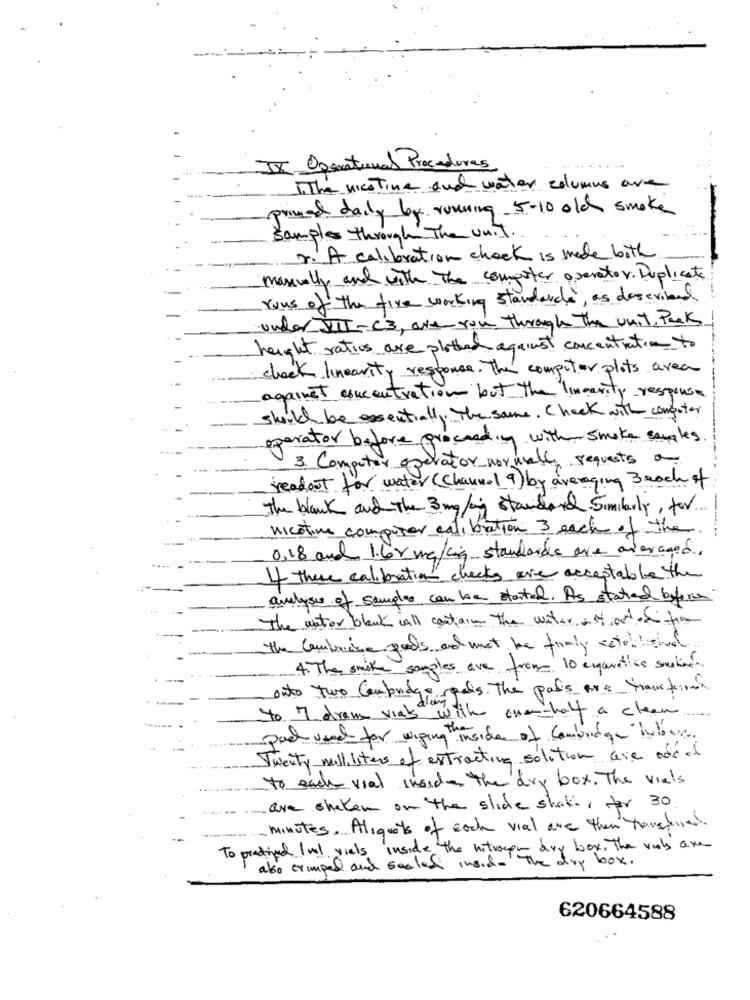
IX Operational Procedures
.The westine and water columns are
primed daily by running 5-10 old smoke
samples through The unit ..
2. A calibration check is made both
manuelly and with the computer operator. Duplicate
-
runs of the fire working standard, as described
under VIII - C3, art- run through the unit. Pack
height ratios are plotted against concentration to
check linearity response. The computer plots area
against concentration but the linearity response
should be essentially the same. Check with computer
operator before proceeding with smoke sangles.
3. Computer operator normally requests a
readout for water (Channel 9) by averaging Beach
The black and the 3 mg/mig standard. Similarly, for ...
nicotine computer calibration 3 each of the
0,18 and 1.6x makia standards are averaged.
If there calibration checks are acceptable the
analyses of samples can be stated. As stated before
The water blank call contain the water att out of them
the combinatie poids and not be firmly establishal
-
4. The smoke samples are from 10 enganatios suckers
outo two Cambridge spels. The paris are transferin
to 7 dram vial drag
with ourhalf a clean
pack used for wiping thinside of Cambridge lubus.
Twenty milliliters of extracting solution are ade of
to each vial inside the dry box. The vials
ave shaken on the slide shake, for 30.
minutes. Aliquots of each vial are then transferred.
To practiced Inal viels inside the nitrogen dry box. The vials are
also crimped and sealed inside the dry box.
620664588